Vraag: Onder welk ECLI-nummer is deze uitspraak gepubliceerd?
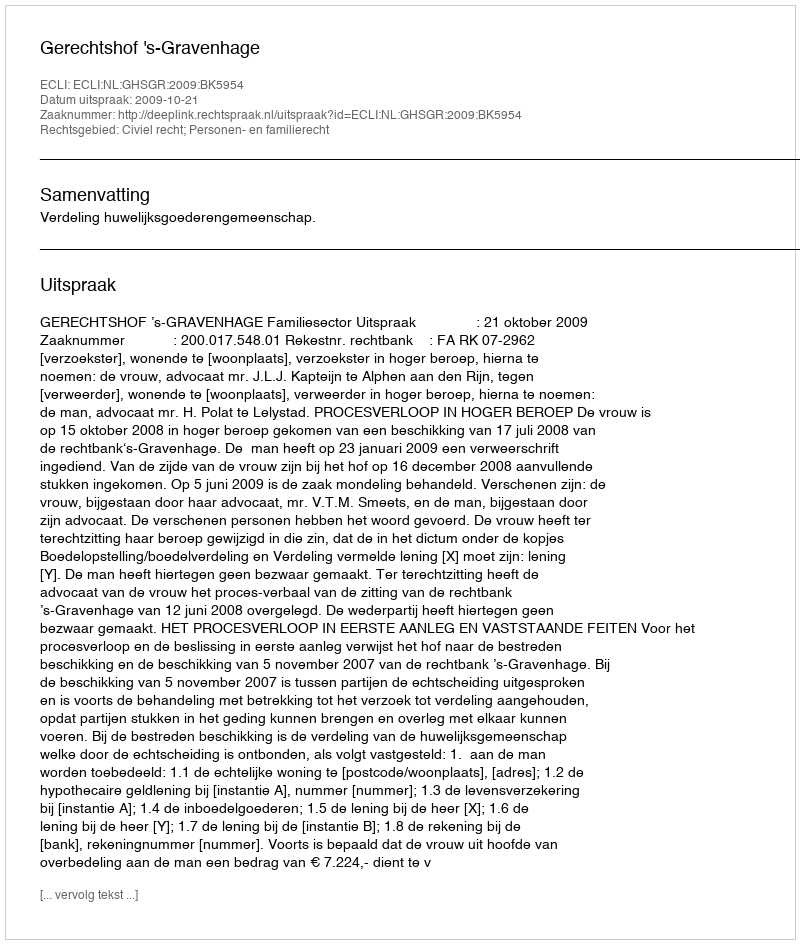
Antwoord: ECLI:NL:GHSGR:2009:BK5954